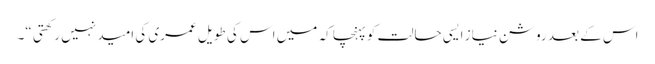
اس کے بعد روشن نیاز ایسی حالت کو پہنچا کہ میں اس کی طویل عمری کی امید نہیں رکھتی “۔